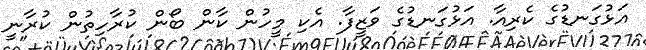
އަޅުގަނޑުގެ ކެރިއާ. އަޅުގަނޑުގެ ވަޒީފާ. އެކި މީހުން ކާން ބޯން ކުރާހިތުން ކުރާނީ